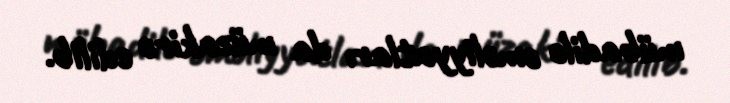
mübadilə əməliyyatları da müzakirə edilib.